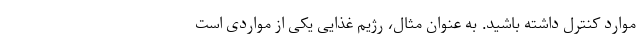
موارد کنترل داشته باشید. به عنوان مثال، رژیم غذایی یکی از مواردی است